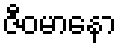
ဇီဝမာနော